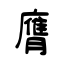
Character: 膺